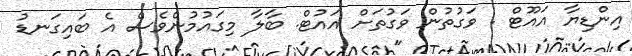
އިންޑިޔާ އައޫޓް . ވަގުތުން ވަގުތަށް އަައުޓް. ބާލާ މިގަައުމުންވެސް އެ ބައިގަނޑު